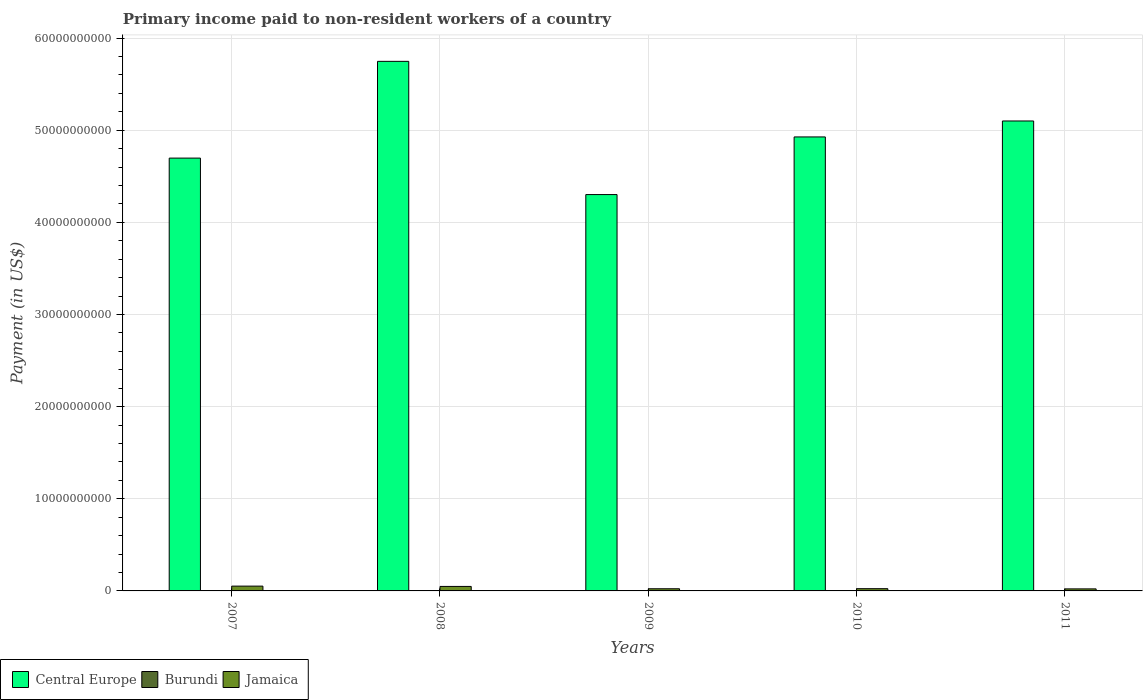
| Years | Central Europe | Burundi | Jamaica |
 | --- | --- | --- | --- |
 | 2007 | 4.7e+10 | 8.67e+06 | 5.21e+08 |
 | 2008 | 5.75e+10 | 1.09e+07 | 4.88e+08 |
 | 2009 | 4.3e+10 | 1.38e+06 | 2.35e+08 |
 | 2010 | 4.93e+10 | 1.13e+06 | 2.43e+08 |
 | 2011 | 5.1e+10 | 7.46e+06 | 2.21e+08 |